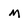
Character: m